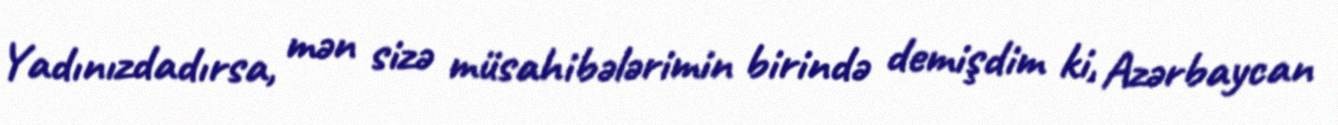
Yadınızdadırsa, mən sizə müsahibələrimin birində demişdim ki, Azərbaycan